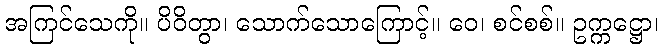
အကြင်သေကို။ ပိဝိတွာ၊ သောက်သောကြောင့်။ ဝေ၊ စင်စစ်။ ဥက္ကဋ္ဌော၊